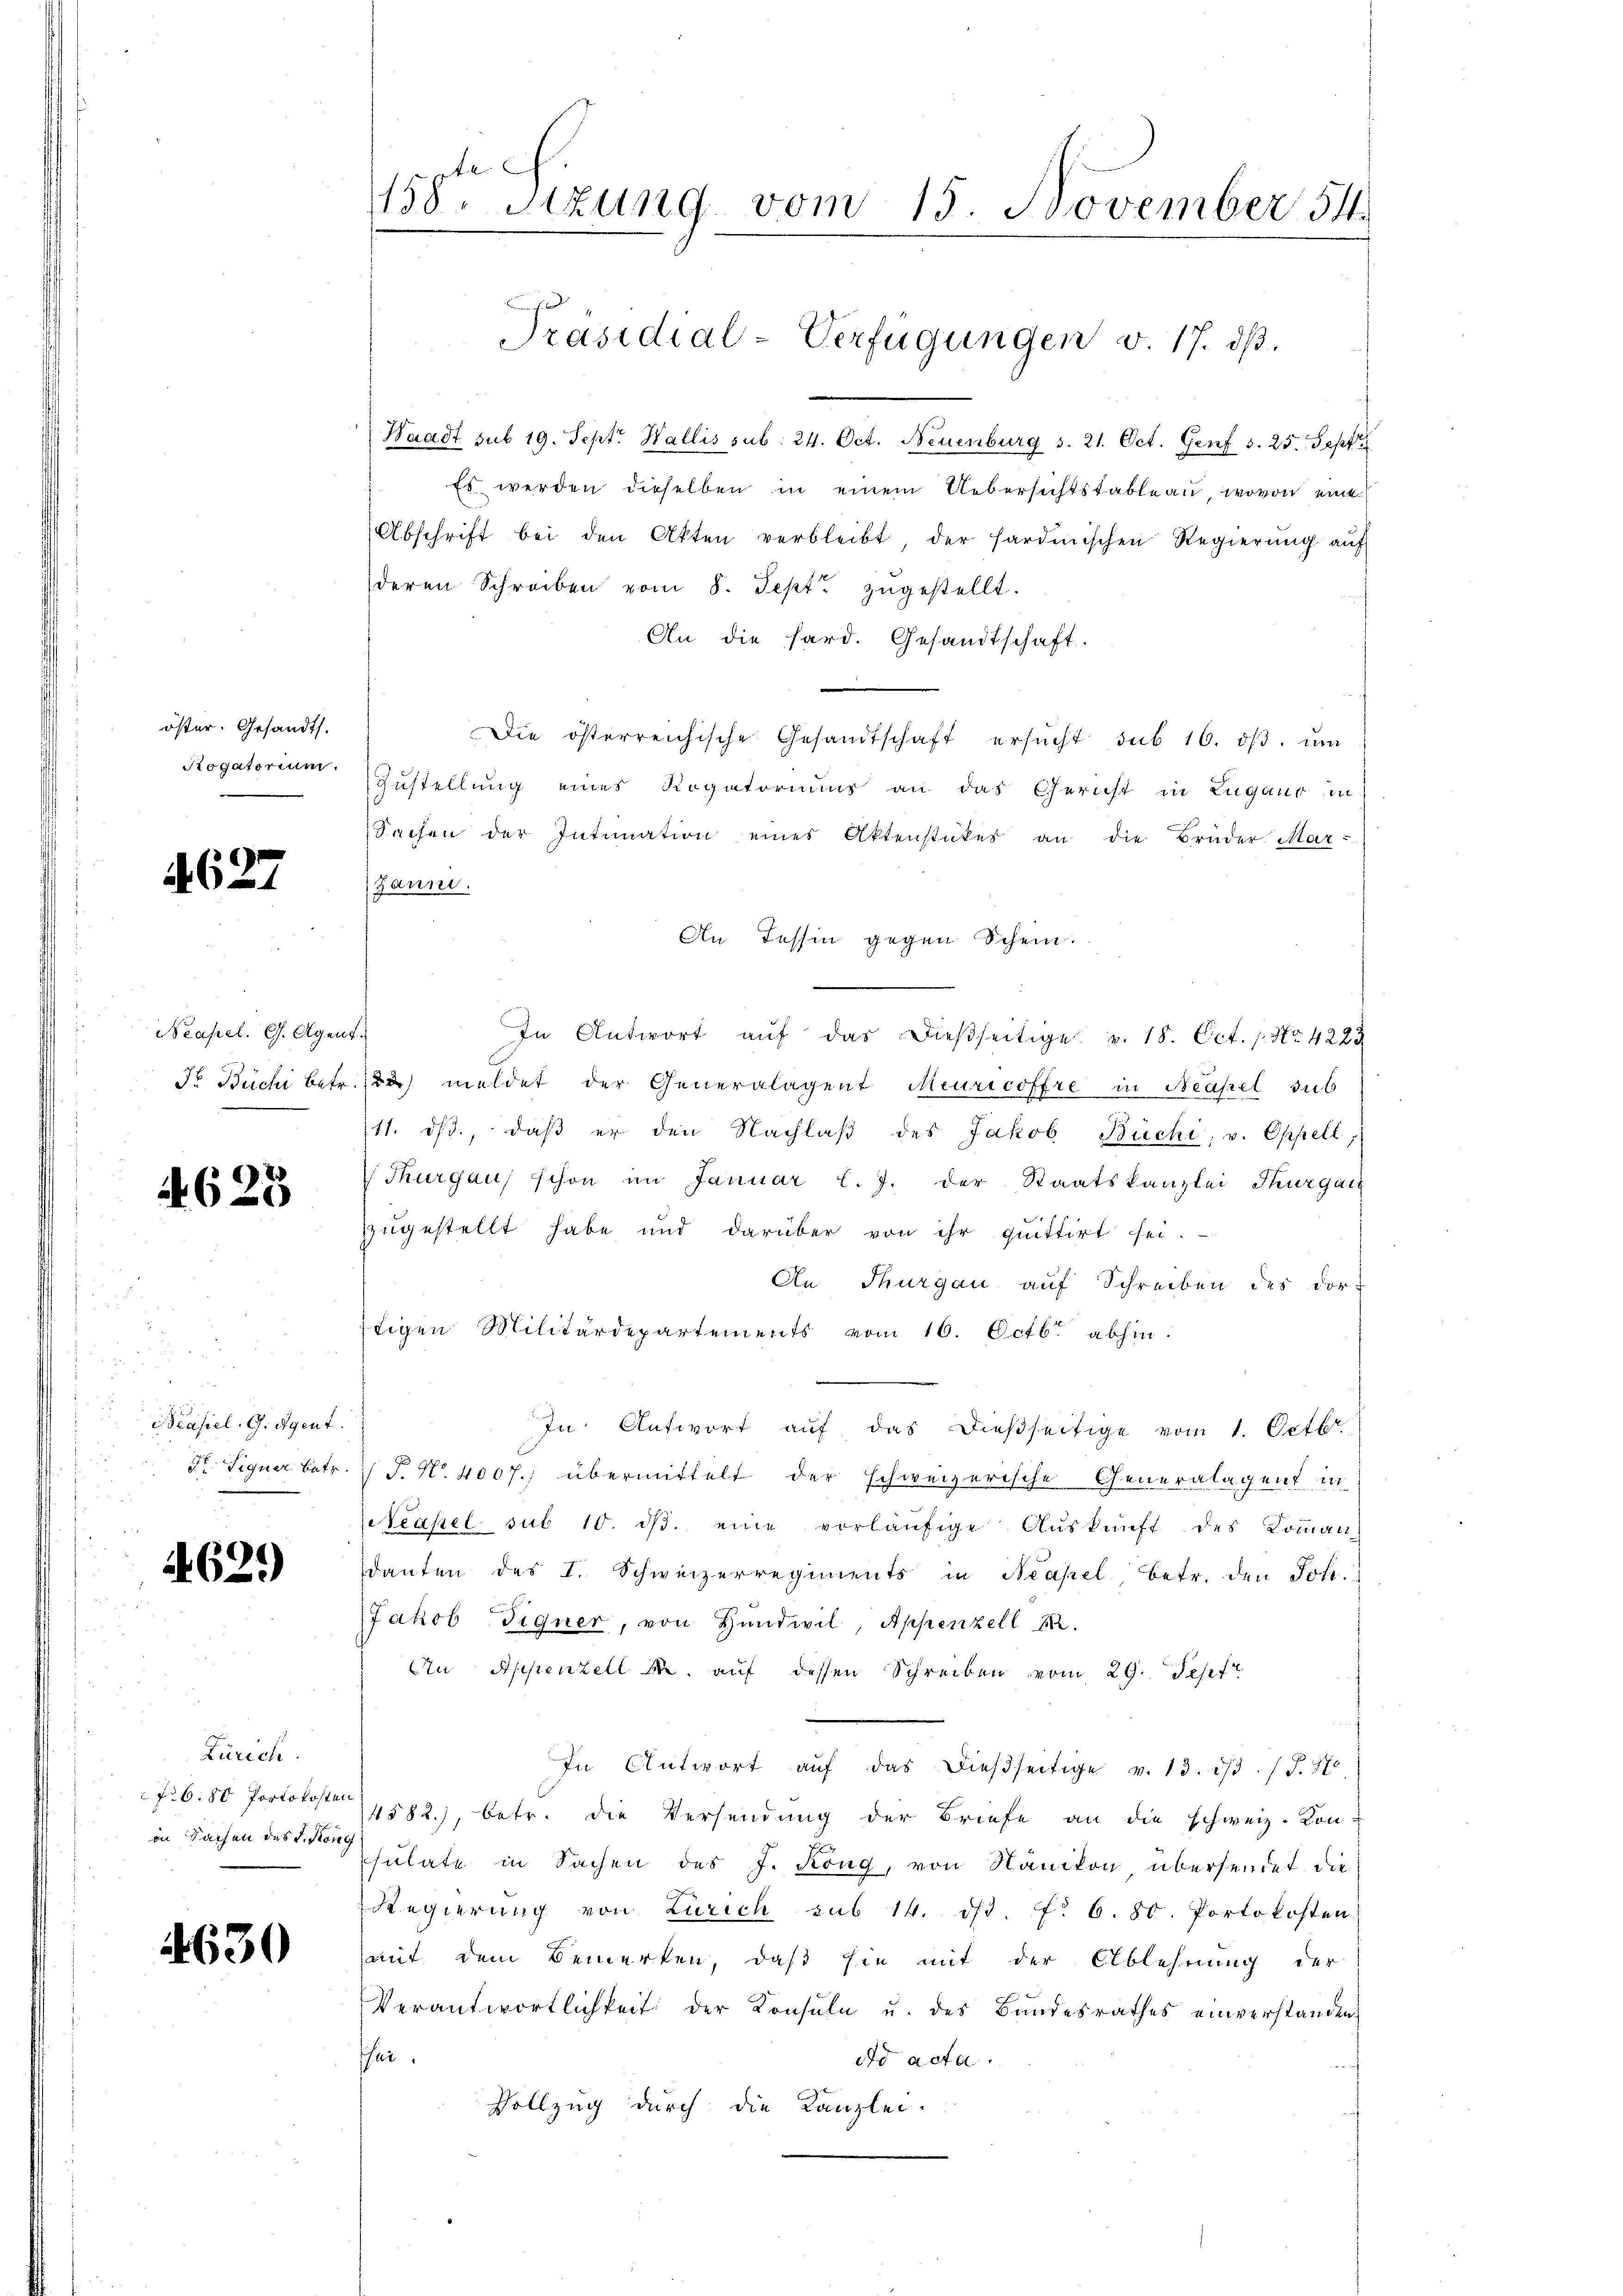
öster. Gesandts.
Rogatorium.

62

7

Neapel. G. Agent
Dr. Büchi betr.

4623

Brasiel. G. Agent.
dr. Signer betr.

4629)

Zürich
6.80 Portokosten
in Sachen des u. Kon

1630

158te Sitzung vom 15. November 54.

Waadt sub 19. Sept. Wallis sub. 24. Oct. Neuenburg S. 21. Oct. Genf s. 25. Sept
Es werden dieselben in einem Uebersichtstableau, wovon eine
Abschrift bei den Akten verbleibt der Hardinischen Regierŭng auf
deren Schreiben vom 8. Sept. zugestellt.
An die hard. Gesandtschaft.
Die österreichische Gesandtschaft ersŭcht sub 16. dβ. ŭm
Zustellung eines Rogatoriums an das Gericht in Lugano in
Sachen der Intimation eines Aktenstükes an die Brüder Mar-
Janni.
An Tessin gegen Schein.
.
In Antwort aŭf das dieβseitige. v. 18. Oct. 1. No. 4223
122) meldet der Generalagent Meuricoffre in Neapel sub
11. dβ, daβ er den Nachlaβ des Jakob Büchi v. Oppell,
(Thurgau schon im Januar l. J. der Staatskanzlei Thurgau
zugestellt habe und darüber von ihr quittirt sei.
An Thurgau aŭf Schreiben des dor-
stigen Militärdepartements vom 16. Octbr. abhin
In Antwort auf das dießseitige vom 1. Octbr.
P. Nr. 4007.) übermittelt der schweizerische Generalagent in
Neapel sub 10. ds. eine vorläufige Auskunft des Komman
danten des I. Schweizerregiments in Neapel betr. den Joh.
Jakob Tigner, von Handwil, Appenzell I.
Au Appenzell M. auf dessen Schreiben vom 29. Sept
In Antwort aŭf das dießseitige v. 13. dβ. / J. 170
4582.), betr. die Versendung der Briefe an die schweiz. Kon-
sulate in Sachen des J. Kong, von Nänikon übersendet die
Regierung von Zürich sub 14. ds. f. 6. 80. Portokosten.
mit dem Bemerken, daß sie mit der Ablehnung der
Verantwortlichkeit der Konsula u. des Bundesrathes einverstanden
flie
do acta
Vollzug durch die Kanzlei.

Präsidial-Verfügungen v. 17. dß.